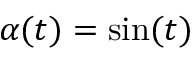
\alpha ( t ) = \sin ( t )